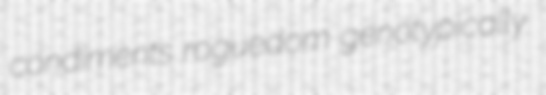
condiments roguedom genotypically